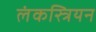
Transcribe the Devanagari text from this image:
लंकस्त्रियन